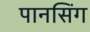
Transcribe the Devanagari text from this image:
पानसिंग